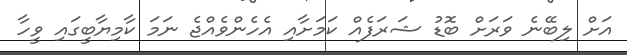
އަށް ލިބޭނެ ވަރަށް ބޮޑު ޝަރަފެއް ކަމަށާއި އެހެންވެއްޖެ ނަމަ ކާމިޔާބީގައި ވީހާ